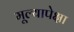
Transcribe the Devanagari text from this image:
मूल्यापेक्षा